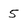
Character: 5